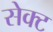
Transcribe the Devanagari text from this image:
सेक्‍ट